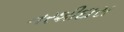
નરશીદાસ